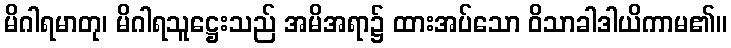
မိဂါရမာတု၊ မိဂါရသူဋ္ဌေးသည် အမိအရာ၌ ထားအပ်သော ဝိသာခါဒါယိကာမ၏။